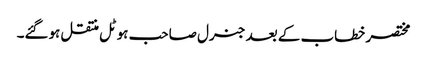
مختصر خطاب کے بعد جنرل صاحب ہوٹل منتقل ہوگئے۔